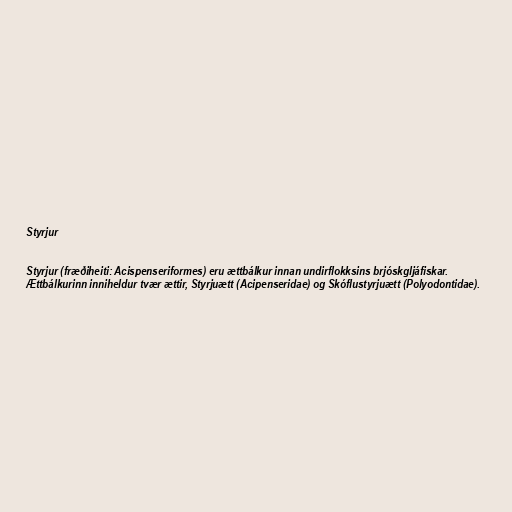
Styrjur

Styrjur (fræðiheiti: Acispenseriformes) eru ættbálkur innan undirflokksins brjóskgljáfiskar.
Ættbálkurinn inniheldur tvær ættir, Styrjuætt (Acipenseridae) og Skóflustyrjuætt (Polyodontidae).